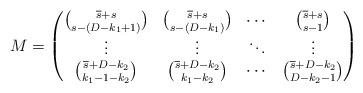
LaTeX: \begin{align*}M=\begin{pmatrix}\binom{\overline{s} +s}{s-(D-k_1+1)}&\binom{\overline{s} +s}{s-(D-k_1)}&\cdots&\binom{\overline{s}+s}{s-1}\\\vdots&\vdots&\ddots &\vdots\\\binom{\overline{s} +D-k_2}{k_1-1-k_2}&\binom{\overline{s} +D-k_2}{k_1-k_2}&\cdots&\binom{\overline{s} +D-k_2}{D-k_2-1}\end{pmatrix}\end{align*}